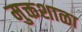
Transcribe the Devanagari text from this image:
मुक्तशाळा